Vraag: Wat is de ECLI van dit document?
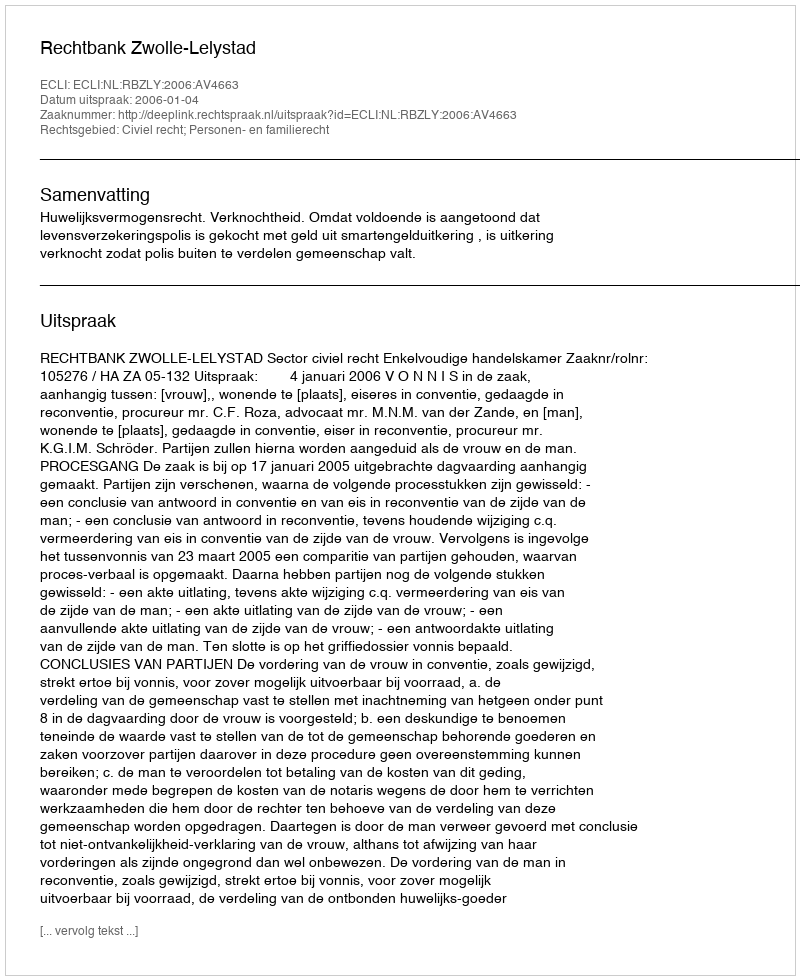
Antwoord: ECLI:NL:RBZLY:2006:AV4663